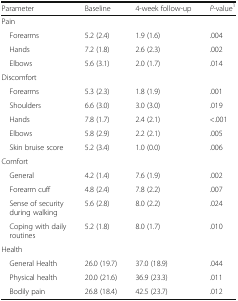
<table><thead><tr><td><b>Parameter</b></td><td><b>Baseline</b></td><td><b>4-week follow-up</b></td><td><b><i>P</i>-value<sup>1</sup></b></td></tr></thead><tbody><tr><td colspan="4">Pain</td></tr><tr><td> Forearms</td><td>5.2 (2.4)</td><td>1.9 (1.6)</td><td>.004</td></tr><tr><td> Hands</td><td>7.2 (1.8)</td><td>2.6 (2.3)</td><td>.002</td></tr><tr><td> Elbows</td><td>5.6 (3.1)</td><td>2.0 (1.7)</td><td>.014</td></tr><tr><td colspan="4">Discomfort</td></tr><tr><td> Forearms</td><td>5.3 (2.3)</td><td>1.8 (1.9)</td><td>.001</td></tr><tr><td> Shoulders</td><td>6.6 (3.0)</td><td>3.0 (3.0)</td><td>.019</td></tr><tr><td> Hands</td><td>7.8 (1.7)</td><td>2.4 (2.1)</td><td>&lt;.001</td></tr><tr><td> Elbows</td><td>5.8 (2.9)</td><td>2.2 (2.1)</td><td>.005</td></tr><tr><td> Skin bruise score</td><td>5.2 (3.4)</td><td>1.0 (0.0)</td><td>.006</td></tr><tr><td colspan="4">Comfort</td></tr><tr><td> General</td><td>4.2 (1.4)</td><td>7.6 (1.9)</td><td>.002</td></tr><tr><td> Forearm cuff</td><td>4.8 (2.4)</td><td>7.8 (2.2)</td><td>.007</td></tr><tr><td> Sense of security during walking</td><td>5.6 (2.8)</td><td>8.0 (2.2)</td><td>.024</td></tr><tr><td> Coping with daily routines</td><td>5.2 (1.8)</td><td>8.0 (1.7)</td><td>.010</td></tr><tr><td colspan="4">Health</td></tr><tr><td> General Health</td><td>26.0 (19.7)</td><td>37.0 (18.9)</td><td>.044</td></tr><tr><td> Physical health</td><td>20.0 (21.6)</td><td>36.9 (23.3)</td><td>.011</td></tr><tr><td> Bodily pain</td><td>26.8 (18.4)</td><td>42.5 (23.7)</td><td>.012</td></tr></tbody></table>